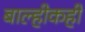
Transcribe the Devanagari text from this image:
बाल्हीकही